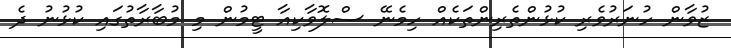
ޒުވާން ހުނަރުވެރި ކުޅުންތެރިންތަކެއް ހިމެނޭ ސްލޮވާކިއާ ޓީމުން މި މުބާރާތުގައި ކުޅުނު ދެ